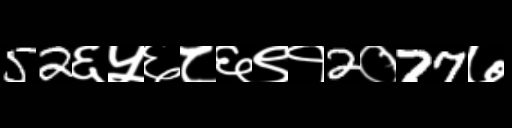
Text: 52६५६८६९१2०77७